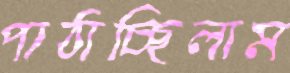
পাঠাচ্ছিলাম